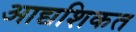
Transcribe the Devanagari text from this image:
आद्यशिकत